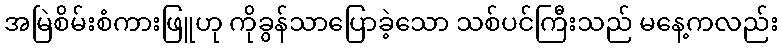
အမြဲစိမ်းစံကားဖြူဟု ကိုခွန်သာပြောခဲ့သော သစ်ပင်ကြီးသည် မနေ့ကလည်း